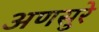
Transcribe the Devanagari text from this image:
अणसुरे